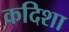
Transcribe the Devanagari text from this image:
कदिशा